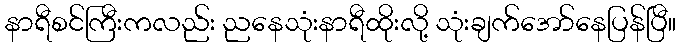
နာရီစင်ကြီးကလည်း ညနေသုံးနာရီထိုးလို့ သုံးချက်အော်နေပြန်ပြီ။